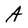
Character: A